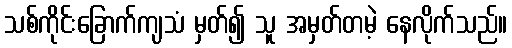
သစ်ကိုင်းခြောက်ကျသံ မှတ်၍ သူ အမှတ်တမဲ့ နေလိုက်သည်။